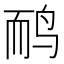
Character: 鸸